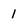
Character: 1